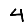
Digit: 4